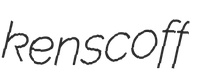
kenscoff